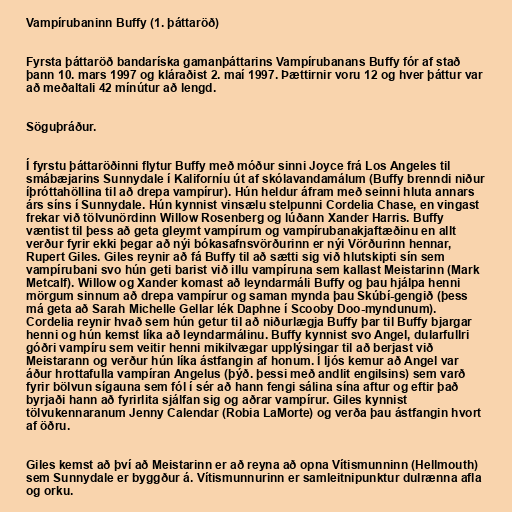
Vampírubaninn Buffy (1. þáttaröð)

Fyrsta þáttaröð bandaríska gamanþáttarins Vampírubanans Buffy fór af stað
þann 10. mars 1997 og kláraðist 2. maí 1997. Þættirnir voru 12 og hver þáttur var
að meðaltali 42 mínútur að lengd.

Söguþráður.

Í fyrstu þáttaröðinni flytur Buffy með móður sinni Joyce frá Los Angeles til
smábæjarins Sunnydale í Kaliforníu út af skólavandamálum (Buffy brenndi niður
íþróttahöllina til að drepa vampírur). Hún heldur áfram með seinni hluta annars
árs síns í Sunnydale. Hún kynnist vinsælu stelpunni Cordelia Chase, en vingast
frekar við tölvunördinn Willow Rosenberg og lúðann Xander Harris. Buffy
væntist til þess að geta gleymt vampírum og vampírubanakjaftæðinu en allt
verður fyrir ekki þegar að nýi bókasafnsvörðurinn er nýi Vörðurinn hennar,
Rupert Giles. Giles reynir að fá Buffy til að sætti sig við hlutskipti sín sem
vampírubani svo hún geti barist við illu vampíruna sem kallast Meistarinn (Mark
Metcalf). Willow og Xander komast að leyndarmáli Buffy og þau hjálpa henni
mörgum sinnum að drepa vampírur og saman mynda þau Skúbí-gengið (þess
má geta að Sarah Michelle Gellar lék Daphne í Scooby Doo-myndunum).
Cordelia reynir hvað sem hún getur til að niðurlægja Buffy þar til Buffy bjargar
henni og hún kemst líka að leyndarmálinu. Buffy kynnist svo Angel, dularfullri
góðri vampíru sem veitir henni mikilvægar upplýsingar til að berjast við
Meistarann og verður hún líka ástfangin af honum. Í ljós kemur að Angel var
áður hrottafulla vampíran Angelus (þýð. þessi með andlit engilsins) sem varð
fyrir bölvun sígauna sem fól í sér að hann fengi sálina sína aftur og eftir það
byrjaði hann að fyrirlita sjálfan sig og aðrar vampírur. Giles kynnist
tölvukennaranum Jenny Calendar (Robia LaMorte) og verða þau ástfangin hvort
af öðru.

Giles kemst að því að Meistarinn er að reyna að opna Vítismunninn (Hellmouth)
sem Sunnydale er byggður á. Vítismunnurinn er samleitnipunktur dulrænna afla
og orku.